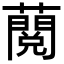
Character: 𧀲